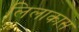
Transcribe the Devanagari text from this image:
लिलाकास